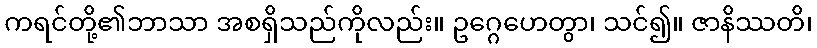
ကရင်တို့၏ဘာသာ အစရှိသည်ကိုလည်း။ ဥဂ္ဂေဟေတွာ၊ သင်၍။ ဇာနိဿတိ၊